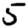
Digit: 5